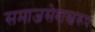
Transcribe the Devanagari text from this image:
समाजसेवास्वरूप